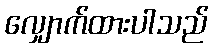
လျှောက်ထားပါသည်